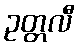
ဥတ္တလီ